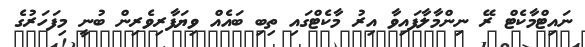
ނައިޓްމާކެޓް ރޭ ނިންމާލާފައިވާ އިރު މާކެޓްގައި ތިބި ބައެއް ވިޔަފާރިވެރިން ބުނީ މިފަހަރުގެ